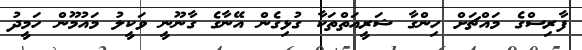
ފާރިސްގެ މައްޗަށް ހިންގާ ޝަރީއަތްތަކާ ގުޅިގެން އޭނާގެ ގާނޫނީ ވަކީލު މައުމޫން ހަމީދު